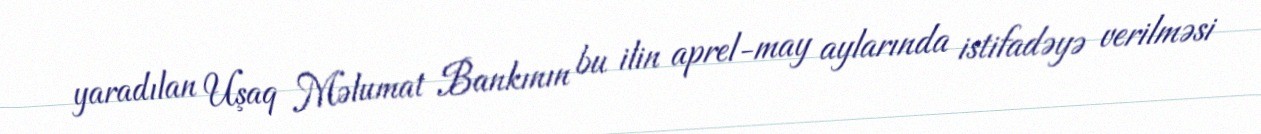
yaradılan Uşaq Məlumat Bankının bu ilin aprel-may aylarında istifadəyə verilməsi